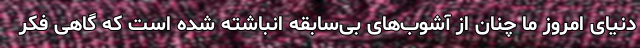
دنیای امروز ما چنان از آشوب‌های بی‌سابقه انباشته شده است که گاهی فکر